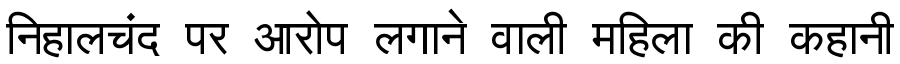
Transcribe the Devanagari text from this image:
निहालचंद पर आरोप लगाने वाली महिला की कहानी